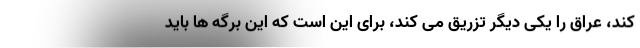
کند، عراق را یکی دیگر تزریق می کند، برای این است که این برگه ها باید